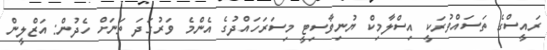
ރައީސްގެ ތަސައްވުރަކީ އިސްލާމިކް ޔުނިވާސިޓީ މިސަރަހަައްދުގެ އެންމެ ވަރުގަދަ ތަނަށް ހެދުން: އަޒްލީން